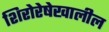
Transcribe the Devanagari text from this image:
शिरोरेषेखालील